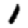
Digit: 1